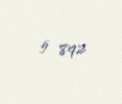
5 892